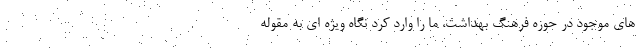
های موجود در حوزه فرهنگ بهداشت، ما را وارد کرد نگاه ویژه ای به مقوله